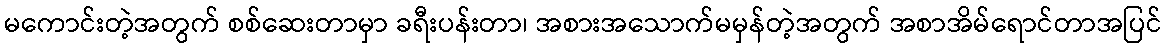
မကောင်းတဲ့အတွက် စစ်ဆေးတာမှာ ခရီးပန်းတာ၊ အစားအသောက်မမှန်တဲ့အတွက် အစာအိမ်ရောင်တာအပြင်